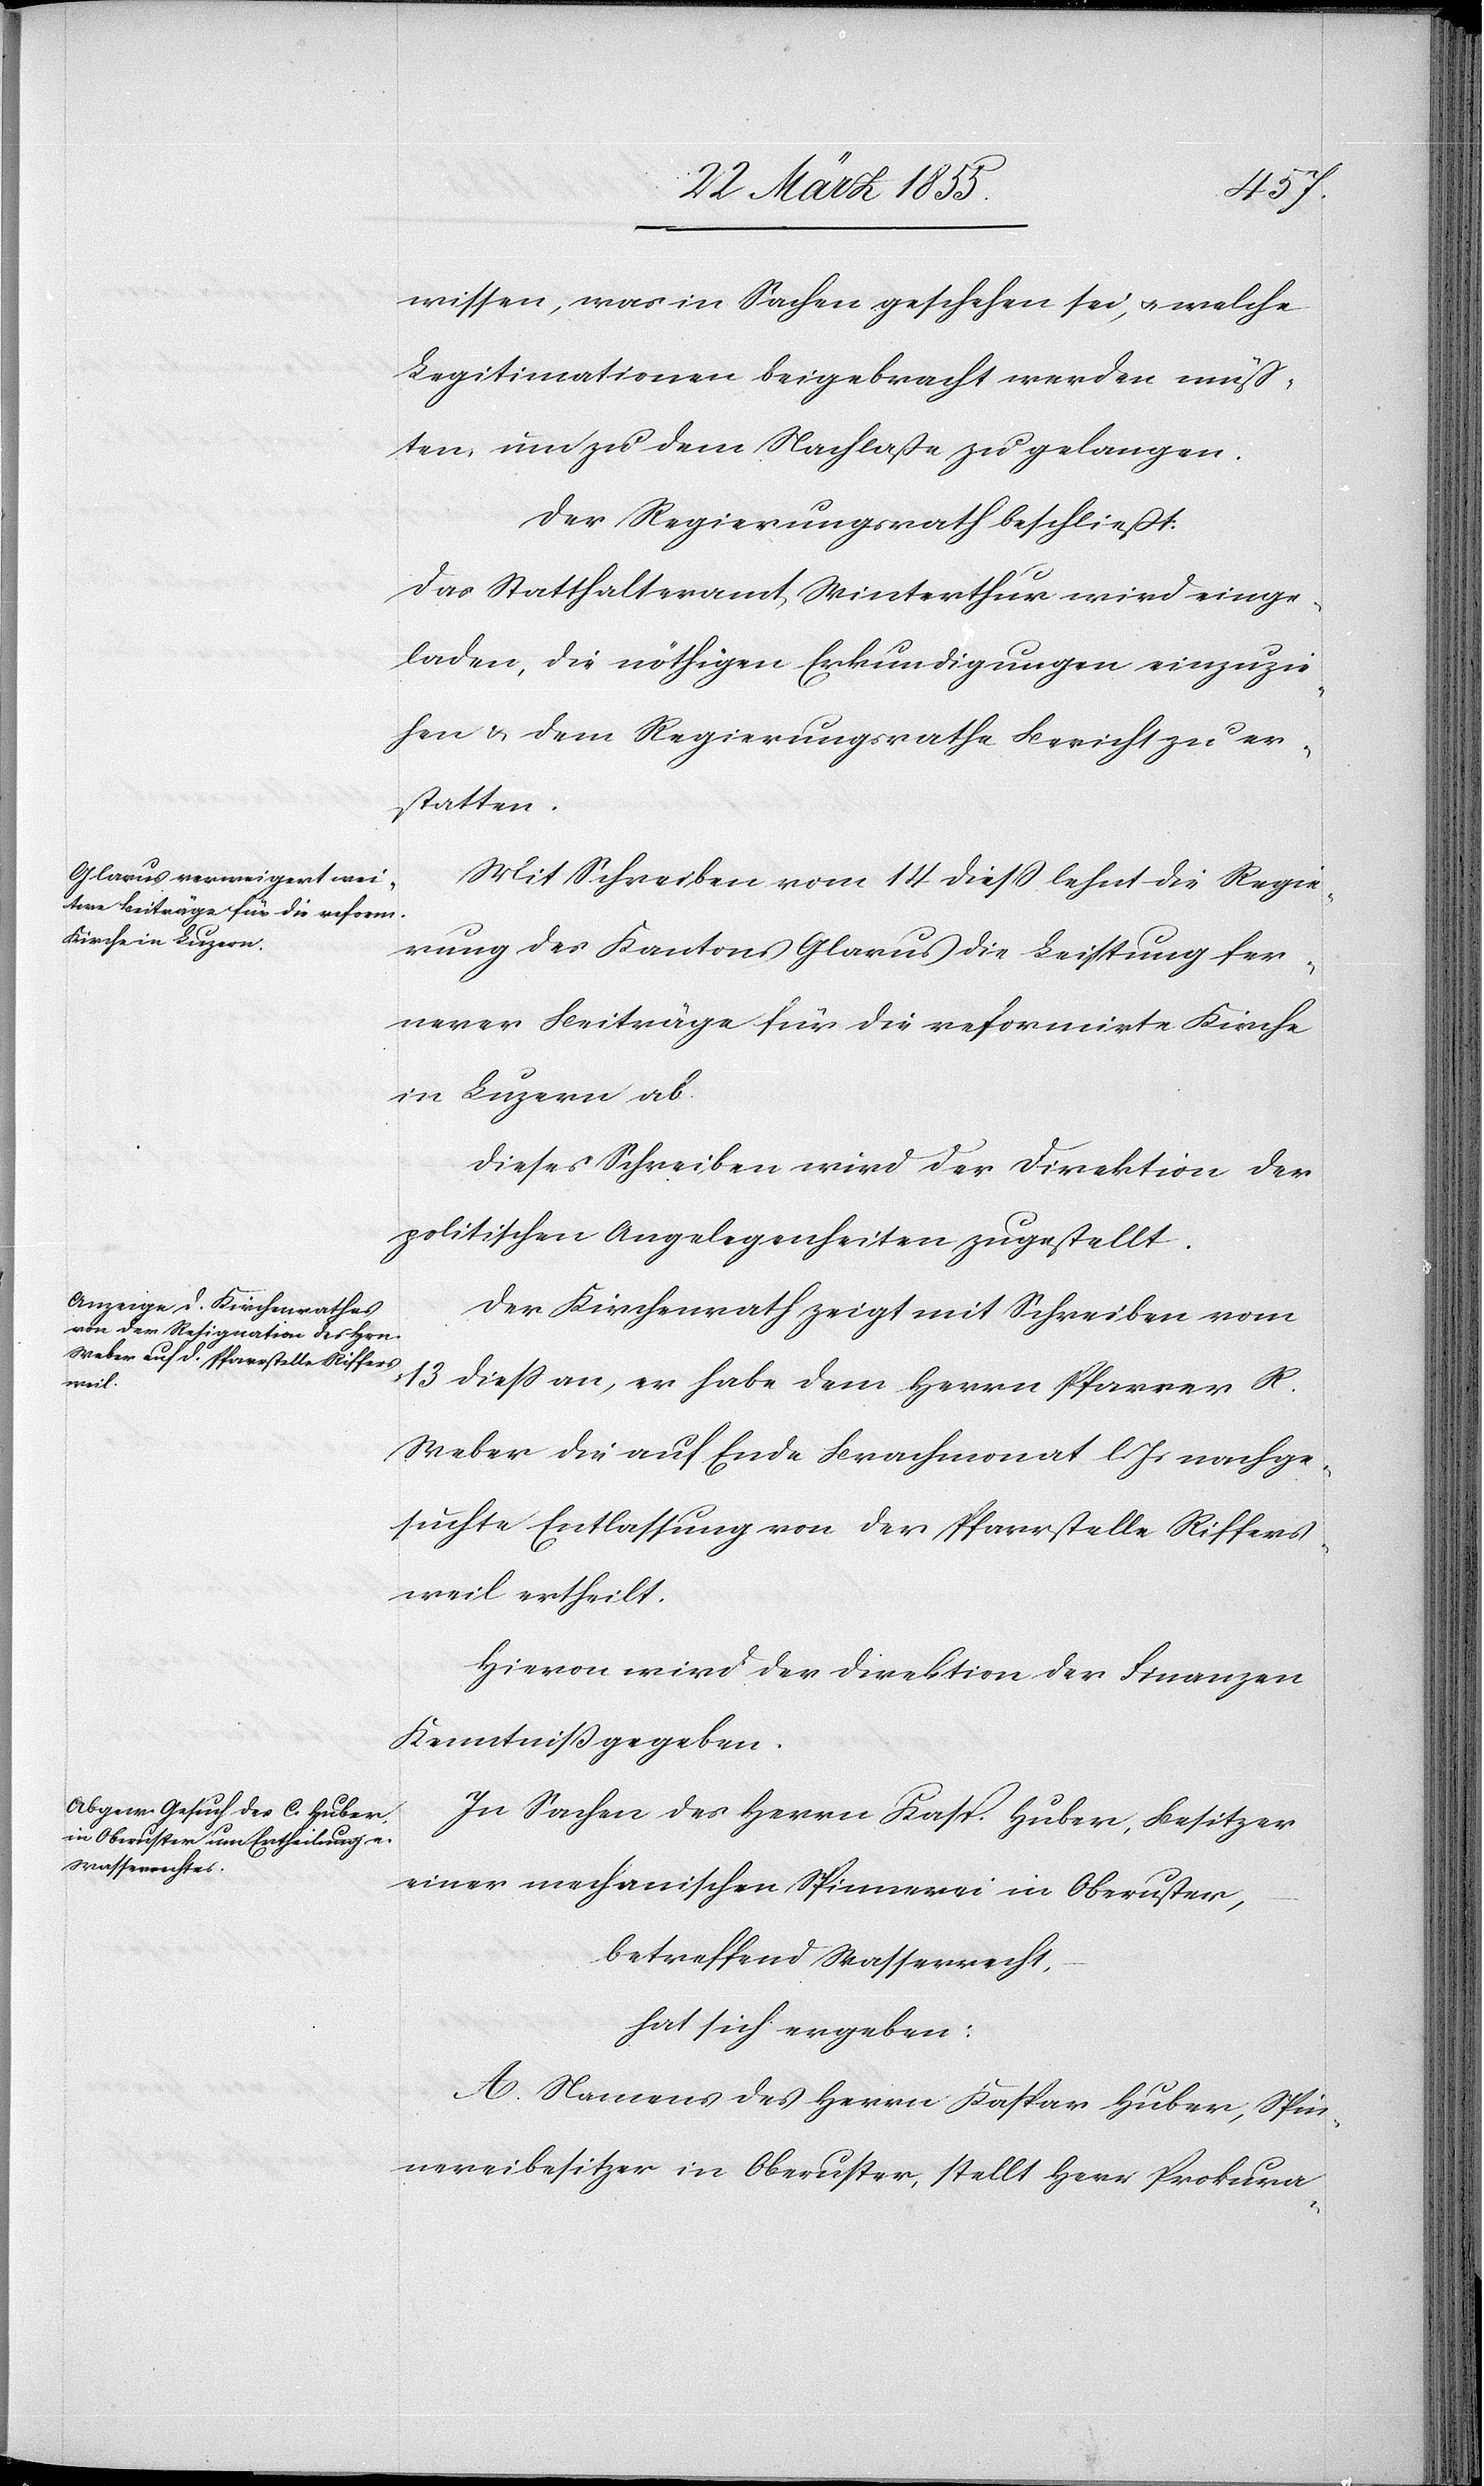
wissen, was in Sachen geschehen sei, & welche
Legitimationen beigebracht werden müss¬
ten, um zu dem Nachlaße zu gelangen.
Der Regierungsrath beschließt:
Das Statthalteramt Winterthur wird einge¬
laden, die nöthigen Erkundigungen einzuzie¬
hen & dem Regierungsrathe Bericht zu er¬
statten.
Mit Schreiben vom 14 diess lehnt die Regie¬
rung des Kantons Glarus die Leistung fer¬
nerer Beiträge für die reformirte Kirche
in Luzern ab.
Dieses Schreiben wird der Direktion der
politischen Angelegenheiten zugestellt.
Der Kirchenrath zeigt mit Schreiben vom
13 diess an, er habe dem Herrn Pfarrer R.
Weber die auf Ende Brachmonat l. Js nachge¬
suchte Entlassung von der Pfarrstelle Riffers¬
weil ertheilt.
Hievon wird der Direktion der Finanzen
Kenntniß gegeben.
In Sachen des Herrn Kasp. Huber, Besitzer
einer mechanischen Spinnerei in Oberuster,
betreffend Wasserrecht,
hat sich ergeben:
A. Namens des Herrn Kaspar Huber, Spin¬
nereibesitzer in Oberuster, stellt Herr Prokura-